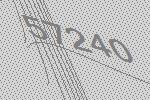
57240